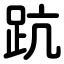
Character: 䟘